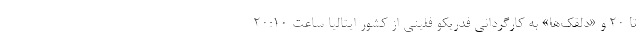
تا ۲۰ و «دلقک‌ها» به کارگردانی فدریکو فلینی از کشور ایتالیا ساعت ۲۰:۱۰